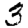
Digit: 3